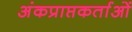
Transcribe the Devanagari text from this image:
अंकप्राप्तकर्ताओं